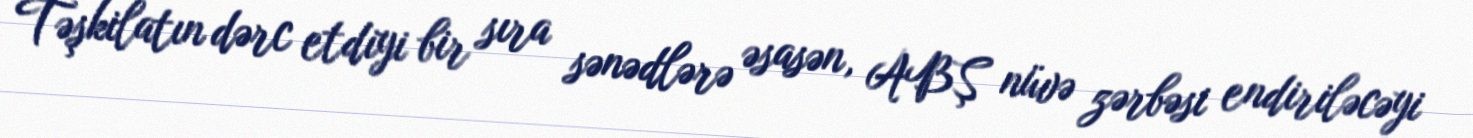
Təşkilatın dərc etdiyi bir sıra sənədlərə əsasən, ABŞ nüvə zərbəsi endiriləcəyi